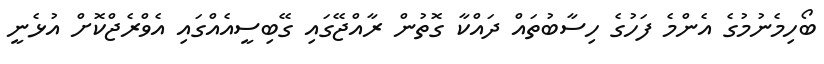
ބޯހިމެނުމުގެ އެންމެ ފަހުގެ ހިސާބުތައް ދައްކާ ގޮތުން ރާއްޖޭގައި ގޭބިސީއެއްގައި އެވްރެޖްކޮށް އުޅެނީ